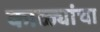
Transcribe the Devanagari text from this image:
काळ्यांचा